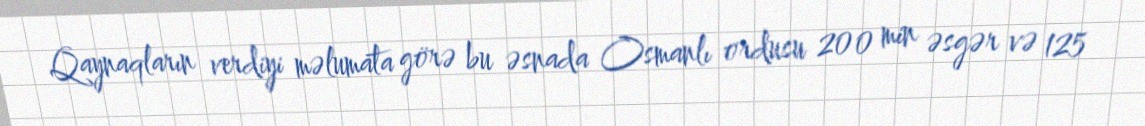
Qaynaqların verdiyi məlumata görə bu əsnada Osmanlı ordusu 200 min əsgər və 125